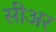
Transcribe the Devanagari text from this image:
सीअर